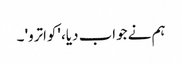
ہم نے جواب دیا، 'کواترو' ۔